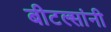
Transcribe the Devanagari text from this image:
बीटल्सांनी